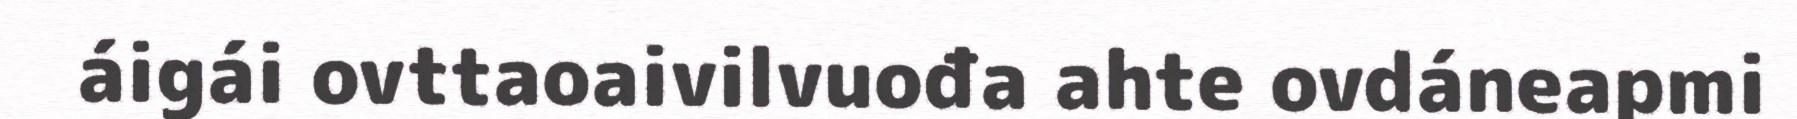
áigái ovttaoaivilvuođa ahte ovdáneapmi